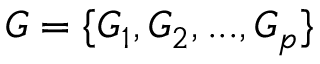
G = \{ G _ { 1 } , G _ { 2 } , . . . , G _ { p } \}